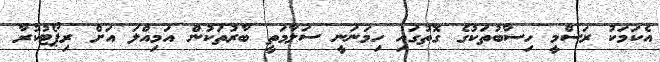
އެކަމަކު ރަސްމީ ހިސާބުތަކުގެ ގޮތުގައި ހިމަނަނީ ސަލާމަތީ ބާރުތަކުން އަމިއްލަ އަށް ރިޕޯޓުކުރާ